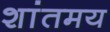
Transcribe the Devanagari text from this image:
शांतमय